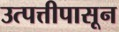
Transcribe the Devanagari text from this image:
उत्पत्तीपासून